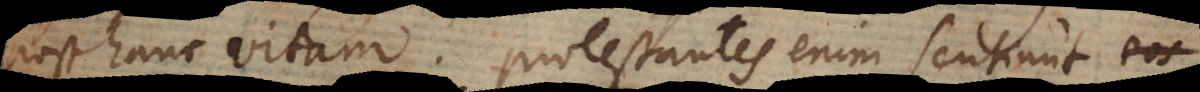
post hanc vitam. Protestantes enim sentiunt eorum